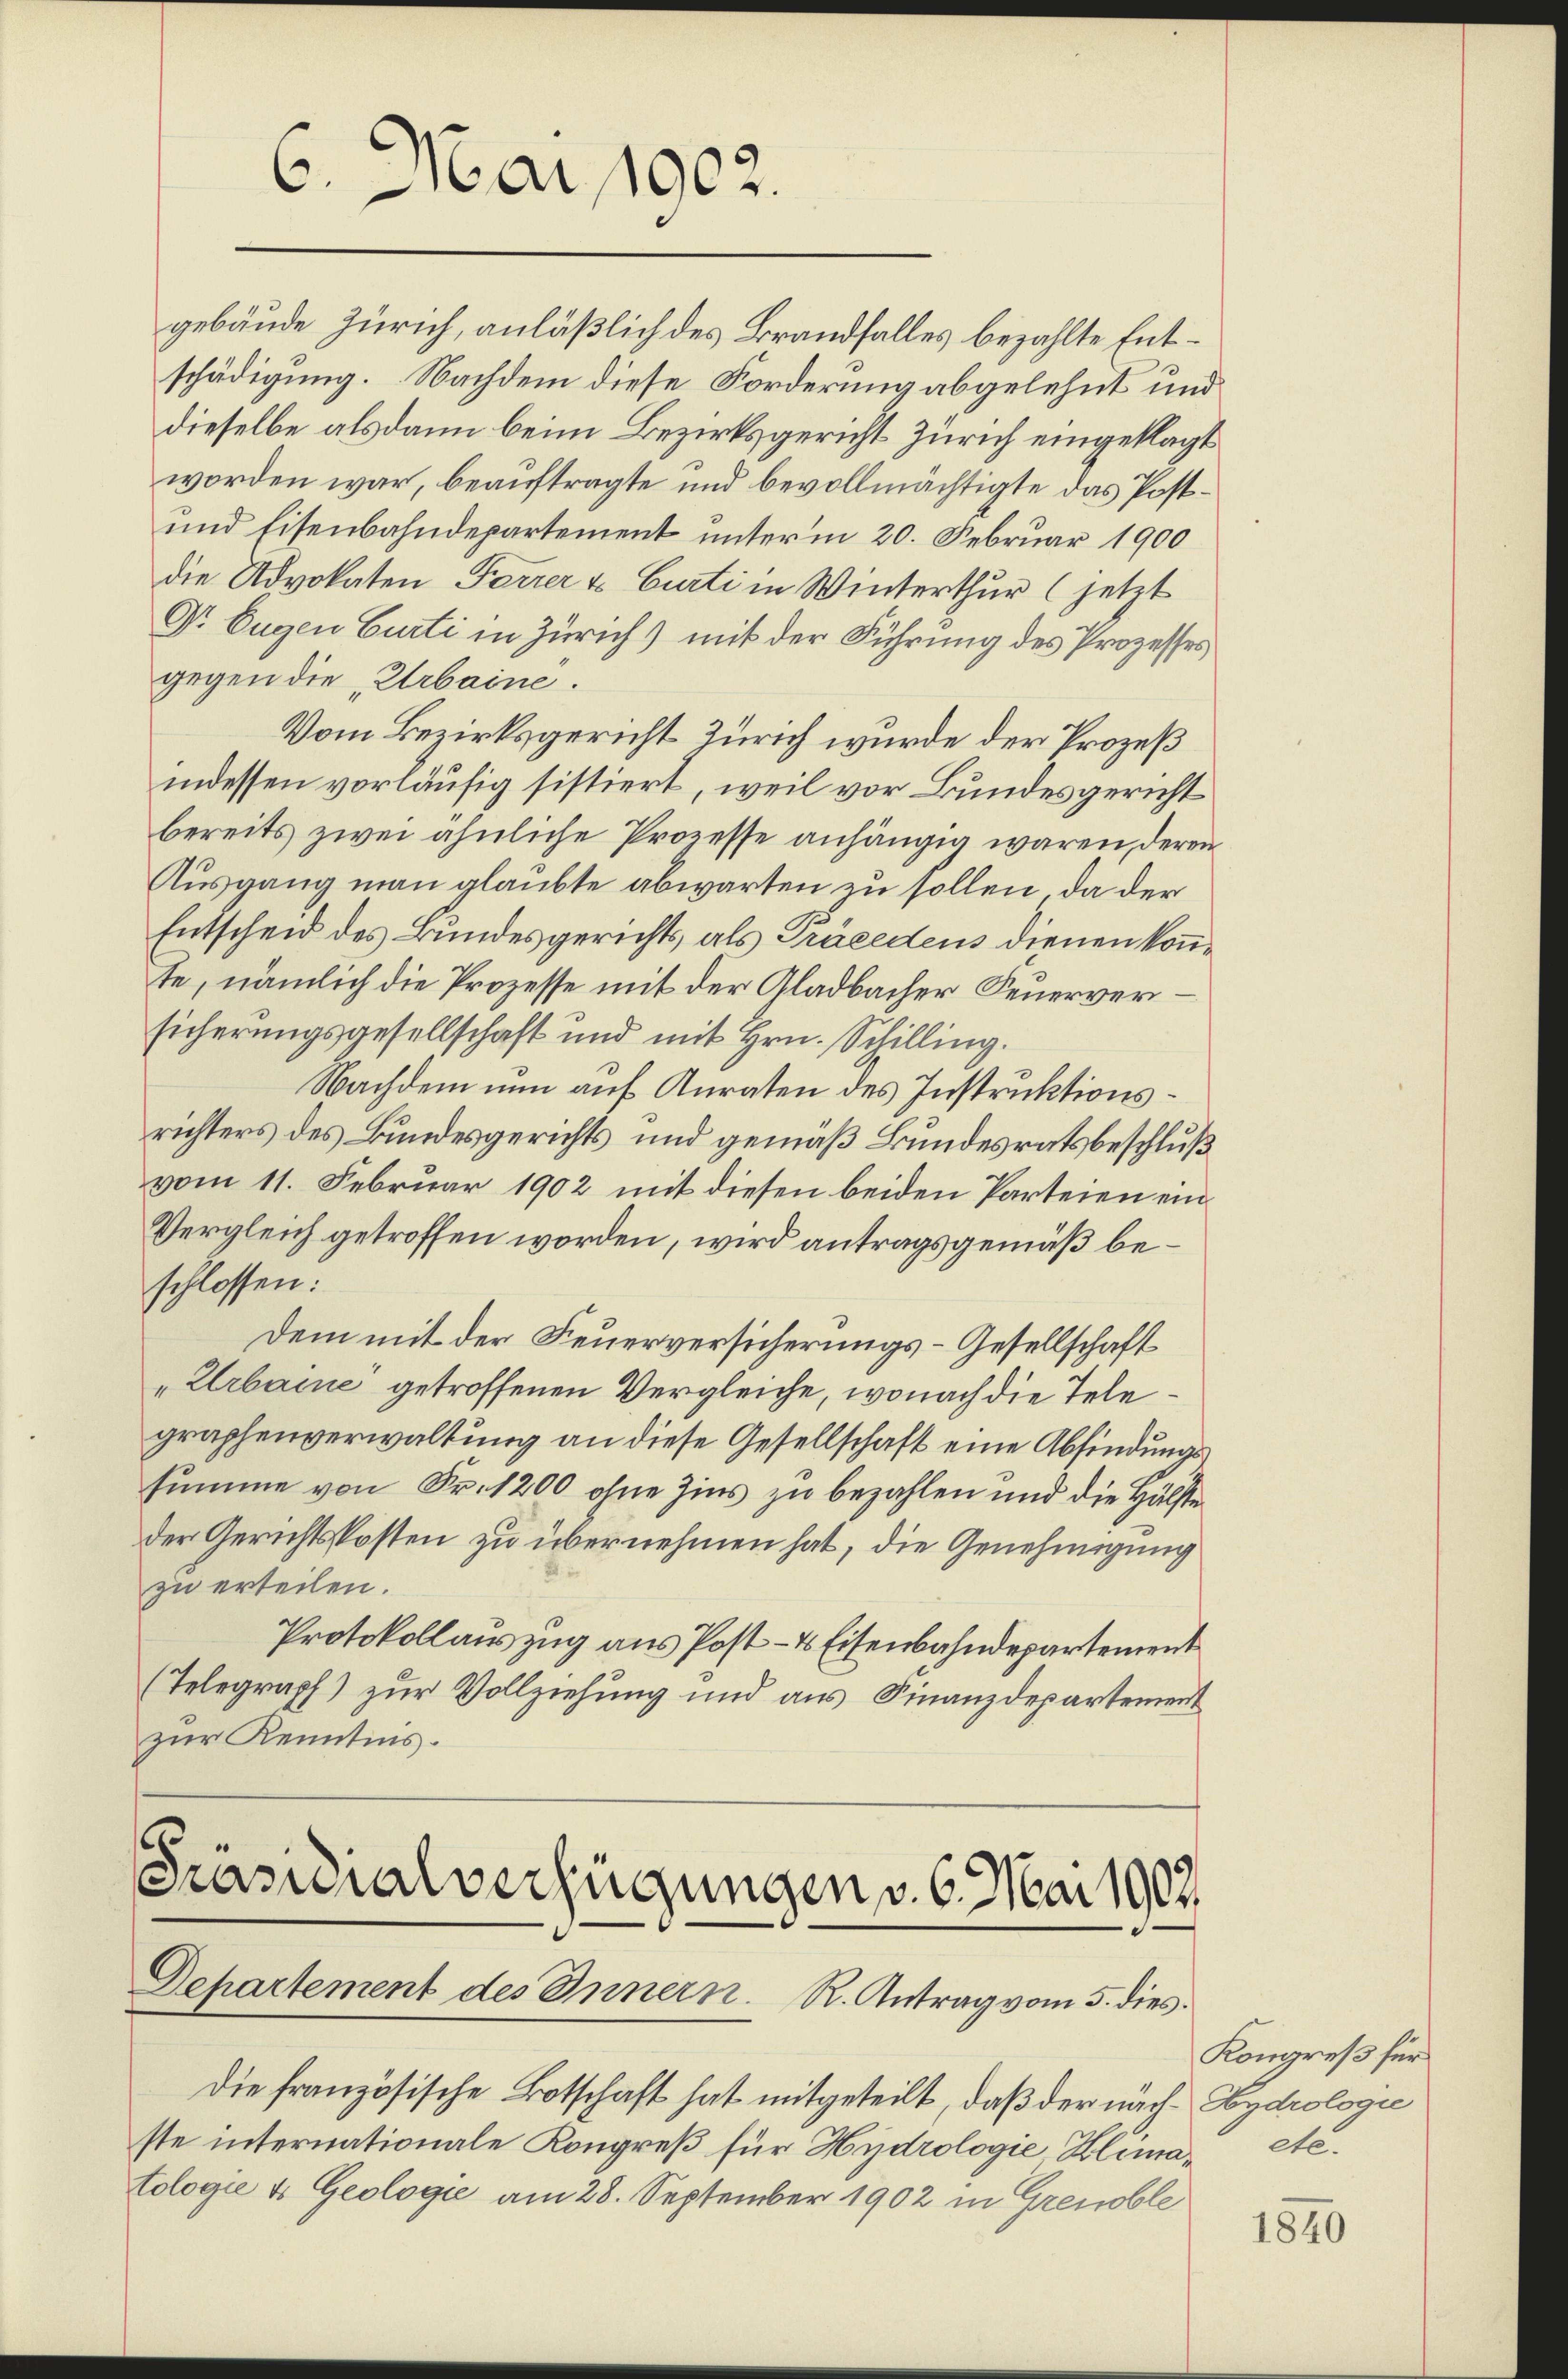
6. Mai 1902.

gebäude Zürich, anläßlich des Brandfalles bezahlte Entschädigung. Nachdem diese Forderung abgelehnt und
dieselbe alsdann beim Bezirksgericht Zürich eingeklagt
worden war, beauftragte und bevollmächtigte das Post¬
und Eisenbahndepartement unterm 20. Februar 1900
die Advokaten Ferrer & Curti in Winterthur (jetzt
Dr Eugen Curti in Zürich) mit der Führung des Prozesses,
gegen die „Urbaine.
Vom Bezirksgericht Zürich wurde der Prozeß
indessen vorläufig sistiert, weil vor Bundesgericht
bereits zwei ähnliche Prozesse anhängig waren, deren
Ausgang man glaubte abwarten zu sollen, da der
Entscheid des Bundesgerichts, als Präcedens dienen konnte, nämlich die Prozesse mit der Gladbacher Feuerversicherungsgesellschaft und mit Hrn. Schilling.
Nachdem nun auf Anraten des Instruktionsrichters des Bundesgerichts und gemäß Bundesratsbeschluß
vom 11. Februar 1902 mit diesen beiden Parteien ein
Vergleich getroffen worden, wird antragsgemäß beschlossen:
Dem mit der Feuerversicherungs-Gesellschaft
Urbaine getroffenen Vergleiche, wonach die Telegraphenverwaltung an diese Gesellschaft eine Abfindungssumme von Fr. 1200 ohne Zins zu bezahlen und die Hälfte
der Gerichtskosten zu übernehmen hat, die Genehmigung
zu erteilen.
Protokollauszug aus Post- & Eisenbahndepartement
(Telegraph) zur Vollziehung und aus Finanzdepartement
zur Kenntnis.

Die französische Botschaft hat mitgeteilt, daß der nach Eydrologie
ste internationale Kongreß für Hydrologie Klimatologie & Geologie am 28. September 1902 in Grenoble

Präsidialverfügungen v. 6. Mai 1907.
Departement des Innern. R. Antrag vom 5. dies

Kongreß für
etc.

1840